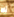
ألا